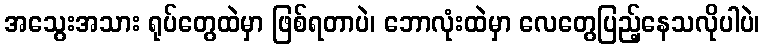
အသွေးအသား ရုပ်တွေထဲမှာ ဖြစ်ရတာပဲ၊ ဘောလုံးထဲမှာ လေတွေပြည့်နေသလိုပါပဲ၊